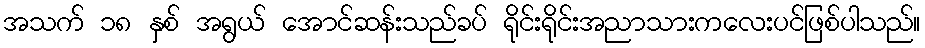
အသက် ၁၈ နှစ် အရွယ် အောင်ဆန်းသည်ခပ် ရိုင်းရိုင်းအညာသားကလေးပင်ဖြစ်ပါသည်။